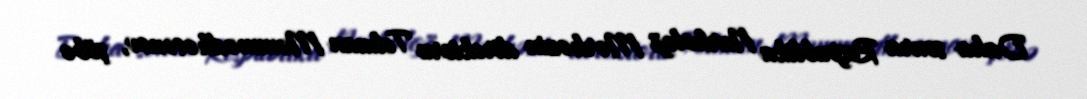
Daha sonra Respublika Narkoloji Mərkəzin direktoru Telman Məmmədhəsənov, şöbə